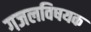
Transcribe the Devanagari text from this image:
गजलविषयक